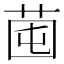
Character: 𦯁